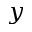
y